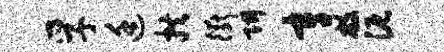
孚廷拱衢阱辛敝泥